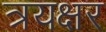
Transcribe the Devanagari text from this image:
त्रयक्षर